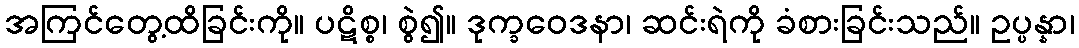
အကြင်တွေ့ထိခြင်းကို။ ပဋိစ္စ၊ စွဲ၍။ ဒုက္ခဝေဒနာ၊ ဆင်းရဲကို ခံစားခြင်းသည်။ ဥပ္ပန္နာ၊